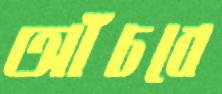
আঁচবে